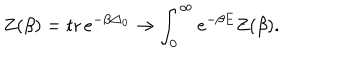
LaTeX: Z ( \beta ) = \mathrm { t r } \, e ^ { - \beta \triangle _ { 0 } } \rightarrow \int _ { 0 } ^ { \infty } e ^ { - \beta E } Z ( \beta ) .